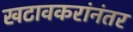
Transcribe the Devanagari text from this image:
खटावकरांनंतर